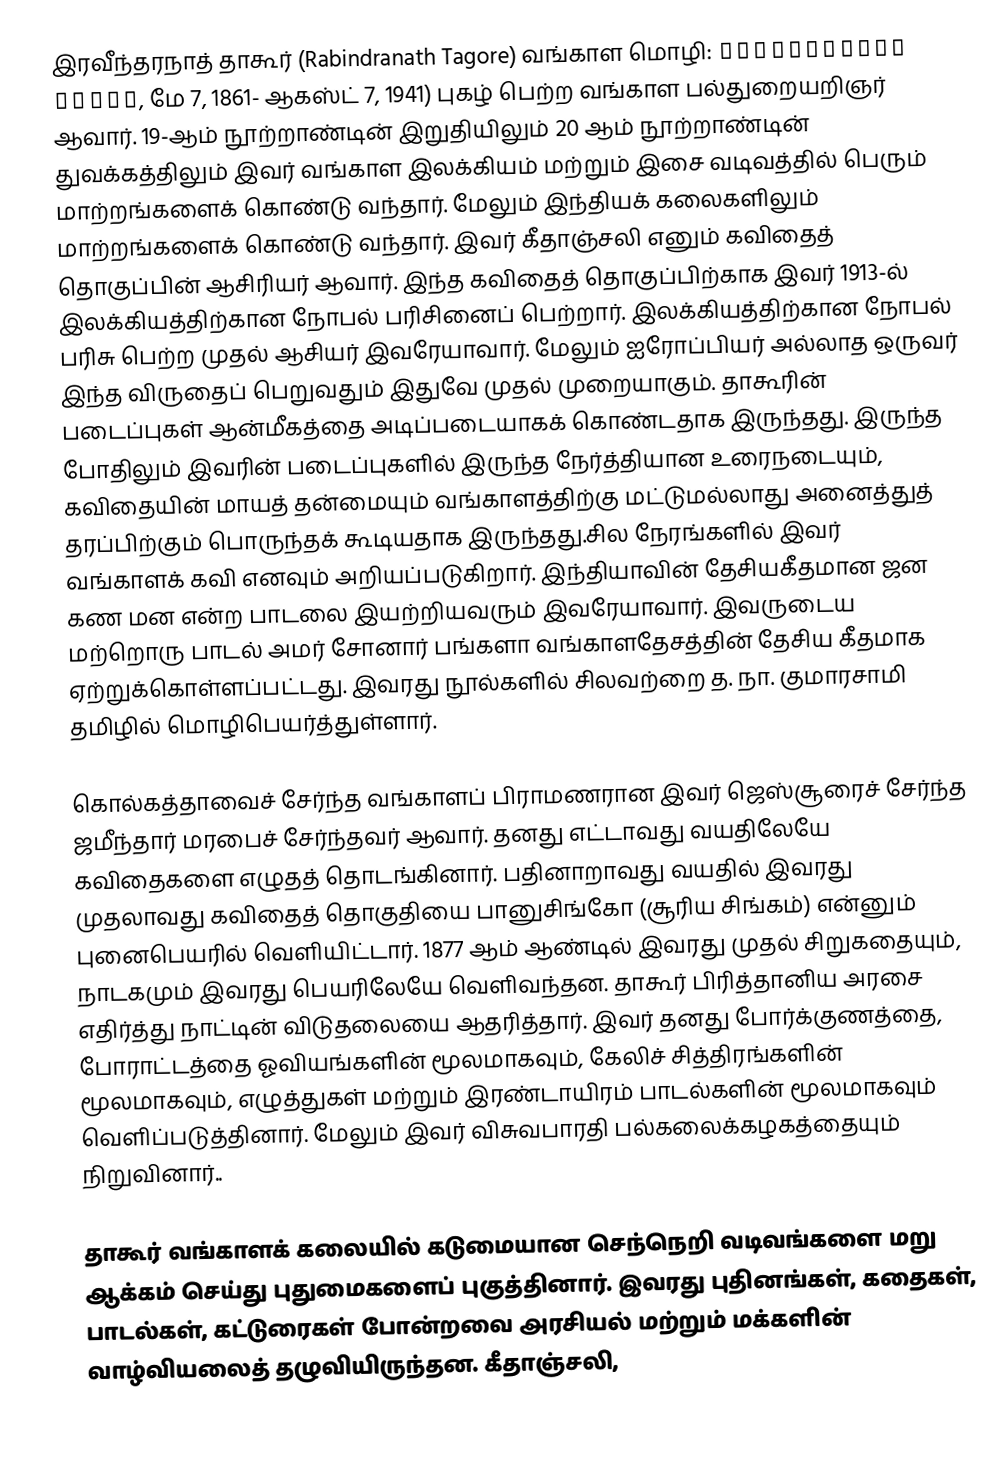
இரவீந்தரநாத் தாகூர் (Rabindranath Tagore) வங்காள மொழி: রবীন্দ্রনাথ ঠাকুর, மே 7, 1861- ஆகஸ்ட் 7, 1941) புகழ் பெற்ற வங்காள பல்துறையறிஞர் ஆவார். 19-ஆம் நூற்றாண்டின் இறுதியிலும் 20 ஆம் நூற்றாண்டின் துவக்கத்திலும் இவர் வங்காள இலக்கியம் மற்றும் இசை வடிவத்தில் பெரும் மாற்றங்களைக் கொண்டு வந்தார். மேலும் இந்தியக் கலைகளிலும் மாற்றங்களைக் கொண்டு வந்தார். இவர் கீதாஞ்சலி எனும் கவிதைத் தொகுப்பின் ஆசிரியர் ஆவார்.  இந்த கவிதைத் தொகுப்பிற்காக இவர் 1913-ல் இலக்கியத்திற்கான நோபல் பரிசினைப் பெற்றார். இலக்கியத்திற்கான நோபல் பரிசு பெற்ற முதல் ஆசியர் இவரேயாவார். மேலும் ஐரோப்பியர் அல்லாத ஒருவர் இந்த விருதைப் பெறுவதும் இதுவே முதல் முறையாகும். தாகூரின் படைப்புகள் ஆன்மீகத்தை அடிப்படையாகக் கொண்டதாக இருந்தது. இருந்த போதிலும் இவரின் படைப்புகளில் இருந்த நேர்த்தியான உரைநடையும், கவிதையின் மாயத் தன்மையும்  வங்காளத்திற்கு மட்டுமல்லாது அனைத்துத் தரப்பிற்கும் பொருந்தக் கூடியதாக இருந்தது.சில நேரங்களில் இவர் வங்காளக் கவி எனவும் அறியப்படுகிறார்.  இந்தியாவின் தேசியகீதமான ஜன கண மன என்ற பாடலை இயற்றியவரும் இவரேயாவார். இவருடைய மற்றொரு பாடல் அமர் சோனார் பங்களா வங்காளதேசத்தின் தேசிய கீதமாக ஏற்றுக்கொள்ளப்பட்டது. இவரது நூல்களில் சிலவற்றை த. நா. குமாரசாமி தமிழில் மொழிபெயர்த்துள்ளார்.

கொல்கத்தாவைச் சேர்ந்த வங்காளப்  பிராமணரான இவர் ஜெஸ்சூரைச் சேர்ந்த ஜமீந்தார் மரபைச் சேர்ந்தவர் ஆவார். தனது எட்டாவது வயதிலேயே கவிதைகளை எழுதத் தொடங்கினார். பதினாறாவது வயதில் இவரது முதலாவது கவிதைத் தொகுதியை பானுசிங்கோ (சூரிய சிங்கம்) என்னும் புனைபெயரில் வெளியிட்டார்.  1877 ஆம் ஆண்டில் இவரது முதல் சிறுகதையும், நாடகமும் இவரது பெயரிலேயே வெளிவந்தன. தாகூர் பிரித்தானிய அரசை எதிர்த்து நாட்டின் விடுதலையை ஆதரித்தார். இவர் தனது போர்க்குணத்தை, போராட்டத்தை ஓவியங்களின் மூலமாகவும், கேலிச் சித்திரங்களின் மூலமாகவும், எழுத்துகள் மற்றும் இரண்டாயிரம் பாடல்களின்  மூலமாகவும் வெளிப்படுத்தினார். மேலும் இவர் விசுவபாரதி பல்கலைக்கழகத்தையும் நிறுவினார்..

தாகூர் வங்காளக் கலையில் கடுமையான செந்நெறி வடிவங்களை மறு ஆக்கம் செய்து புதுமைகளைப் புகுத்தினார். இவரது புதினங்கள், கதைகள், பாடல்கள், கட்டுரைகள் போன்றவை அரசியல் மற்றும் மக்களின் வாழ்வியலைத் தழுவியிருந்தன. கீதாஞ்சலி,